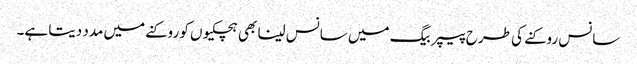
سانس روکنے کی طرح پیپر بیگ میں سانس لینا بھی ہچکیوں کو روکنے میں مدد دیتا ہے۔